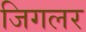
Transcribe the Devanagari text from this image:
जिगलर